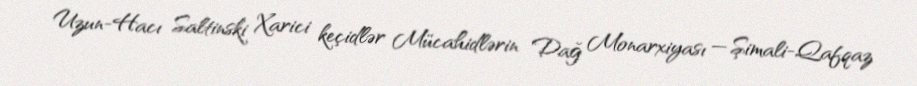
Uzun-Hacı Saltinski Xarici keçidlər Mücahidlərin Dağ Monarxiyası — Şimali-Qafqaz